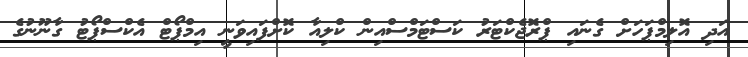
އަދި އޮލިމްޕަހަށް ގެނައި ޕްރޮޖެކްޓަރު ކަސްޓަމްސްއިން ކްލިއާ ކޮށްފައިވަނީ އިމްޕޯޓް އެކްސްޕޯޓު ގާނޫނުގެ